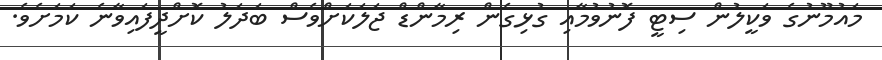
މައުމޫނުގެ ވަކީލުން ސިޓީ ފޮނުވުމާއި ގުޅިގެން ރިމާންޑް ޖަލަކަށްވެސް ބަދަލު ކޮށްދީފައިވާނެ ކަމަށެވެ.